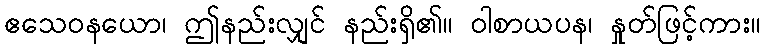
ဧသေဝနယော၊ ဤနည်းလျှင် နည်းရှိ၏။ ဝါစာယပန၊ နှုတ်ဖြင့်ကား။